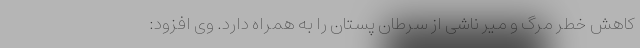
کاهش خطر مرگ و میر ناشی از سرطان پستان را به همراه دارد. وی افزود: